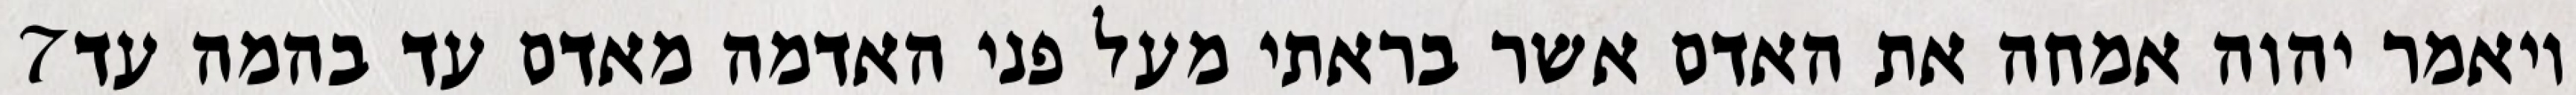
‎7‏ ויאמר יהוה אמחה את האדם אשר בראתי מעל פני האדמה מאדם עד בהמה עד